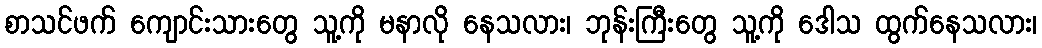
စာသင်ဖက် ကျောင်းသားတွေ သူ့ကို မနာလို နေသလား၊ ဘုန်းကြီးတွေ သူ့ကို ဒေါသ ထွက်နေသလား၊